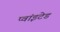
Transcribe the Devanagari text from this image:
प्वांइटेड